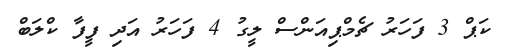
ކަޕް 3 ފަހަރު ޗެމްޕިއަންސް ލީގު 4 ފަހަރު އަދި ފީފާ ކްލަބް